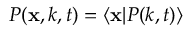
P ( \mathbf { x } , k , t ) = \langle \mathbf { x } | P ( k , t ) \rangle